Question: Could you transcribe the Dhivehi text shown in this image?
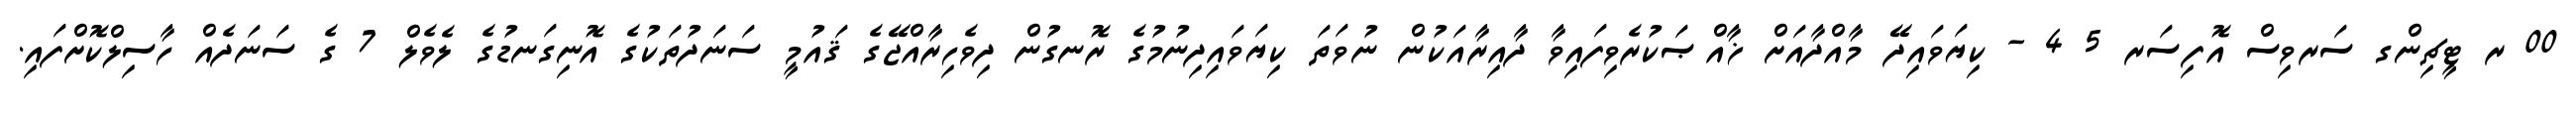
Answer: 00 ރ ޓީޗިންގ ސަރވިސް އޮފިސަރ 5 4 - ކިޔަވައިދޭ މާއްދާއަށް ޚާއްޞަކުރެވިފައިވާ ދާއިރާއަކުން ނުވަތަ ކިޔަވައިދިނުމުގެ ރޮނގުން ދިވެހިރާއްޖޭގެ ޤައުމީ ސަނަދުތަކުގެ އޮނިގަނޑުގެ ލެވެލް 7 ގެ ސަނަދެއް ހާސިލްކޮށްފައި.